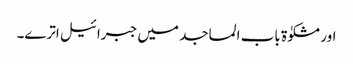
اور مشکوٰۃ باب المساجد میں جبرائیل اترے۔